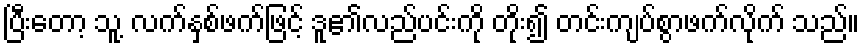
ပြီးတော့ သူ့ လက်နှစ်ဖက်ဖြင့် ဒူ၏လည်ပင်းကို တိုး၍ တင်းကျပ်စွာဖက်လိုက် သည်။